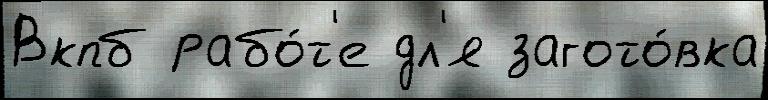
Вкпб рабо́т'е дл'я загото́вка